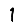
Digit: 1